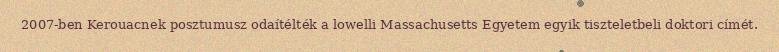
2007-ben Kerouacnek posztumusz odaítélték a lowelli Massachusetts Egyetem egyik tiszteletbeli doktori címét.